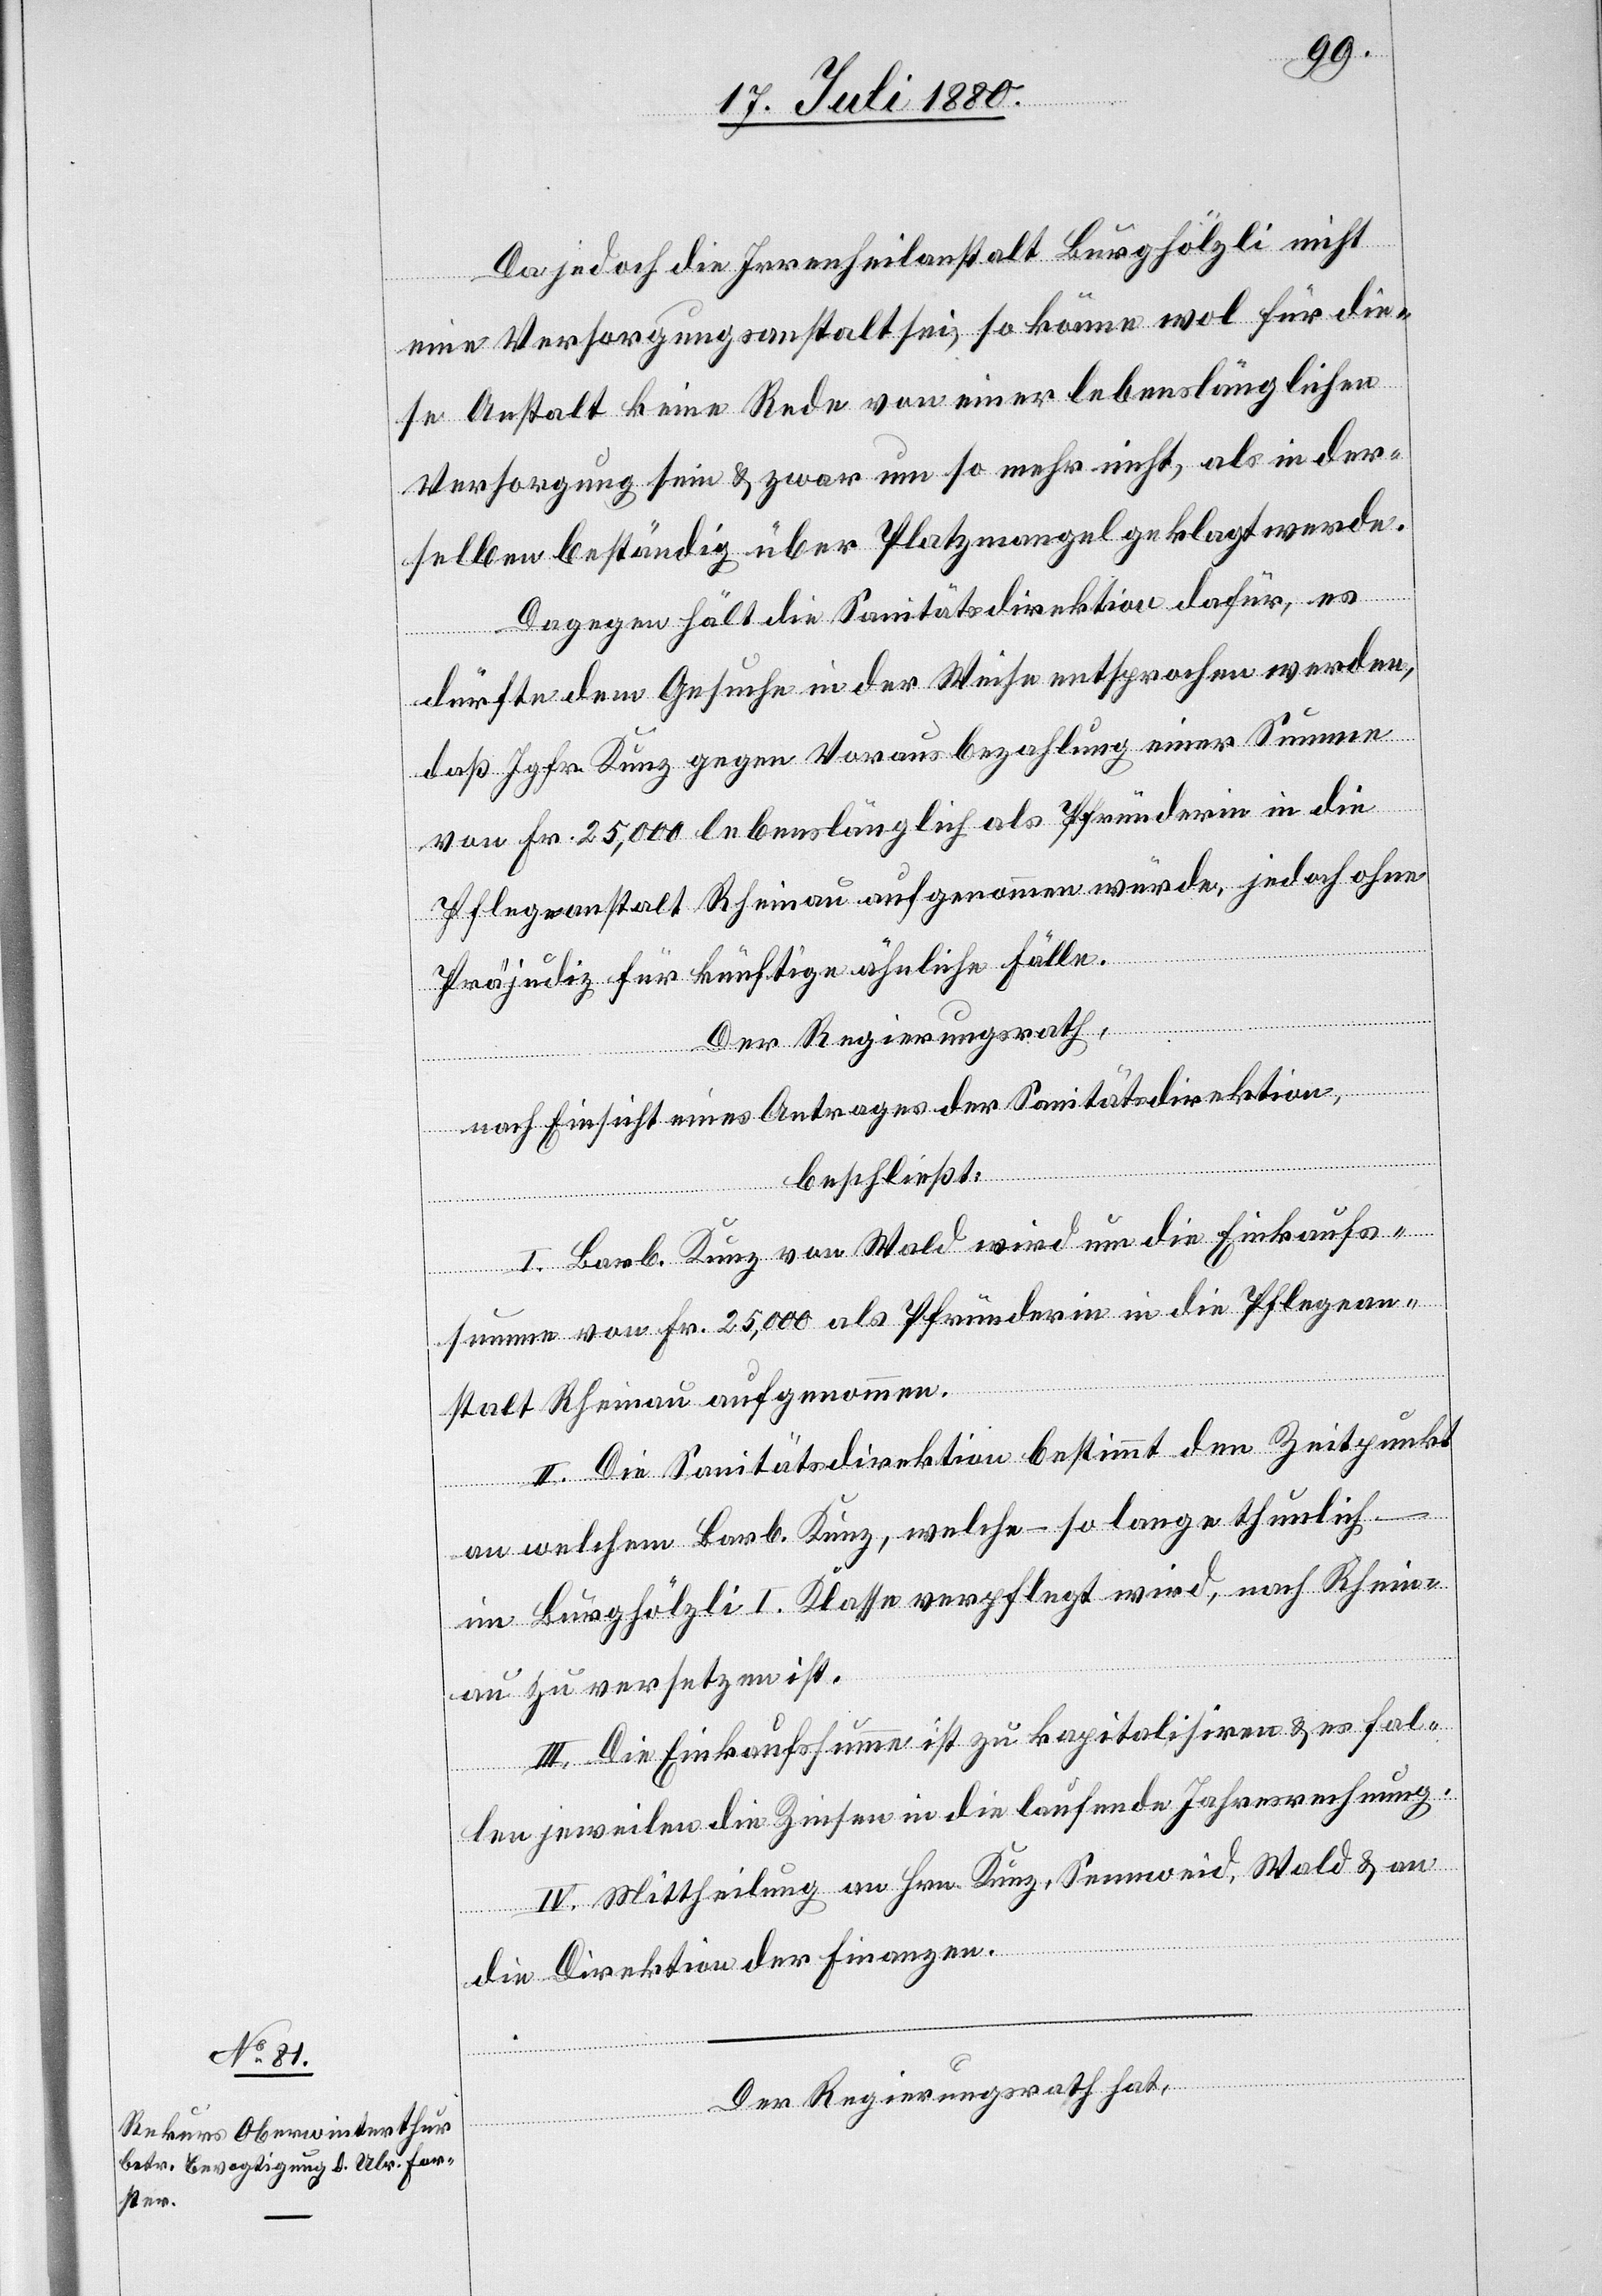
Da jedoch die Irrenanstalt Burghölzli nicht
eine Versorgungsanstalt sei, so könne wol für die¬
se Anstalt keine Rede von einer lebenslänglichen
Versorgung sein & zwar um so mehr nicht, als in der¬
selben beständig über Platzmangel geklagt werde.
Dagegen hält die Sanitätsdirektion dafür, es
dürfte dem Gesuche in der Weise entsprochen werden,
daß Jgfr. Kunz gegen Vorausbezahlung einer Summe
von Fr. 25,000 lebenslänglich als Pfründerin in die
Pflegeanstalt Rheinau aufgenommen würde, jedoch ohne
Präjudiz für künftige ähnliche Fälle.
Der Regierungsrath,
nach Einsicht eines Antrages der Sanitätsdirektion,
beschließt:
I. Barb. Kunz von Wald wird um die Einkaufs¬
summe von Fr. 25,000 als Pfründnerin in die Pflegean¬
stalt Rheinau aufgenommen.
II. Die Sanitätsdirektion bestimmt den Zeitpunkt
an welchem Barb. Kunz, welche – so lange thunlich
im Burghölzli I. Klasse verpflegt wird, nach Rhein¬
au zu versetzen ist.
III. Die Einkaufssumme ist zu kapitalisiren & es fal¬
len jeweilen die Zinsen in die laufende Jahresrechnung.
IV. Mittheilung an Hrn. Kunz, Sennweid, Wald & an
die Direktion der Finanzen.
Der Regierungsrath hat,